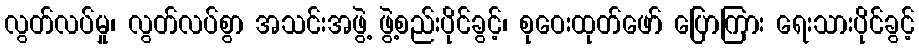
လွတ်လပ်မှု၊ လွတ်လပ်စွာ အသင်းအဖွဲ့ ဖွဲ့စည်းပိုင်ခွင့်၊ စုဝေးထုတ်ဖော် ပြောကြား ရေးသားပိုင်ခွင့်